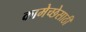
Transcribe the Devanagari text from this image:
कामेच्छेसाठी